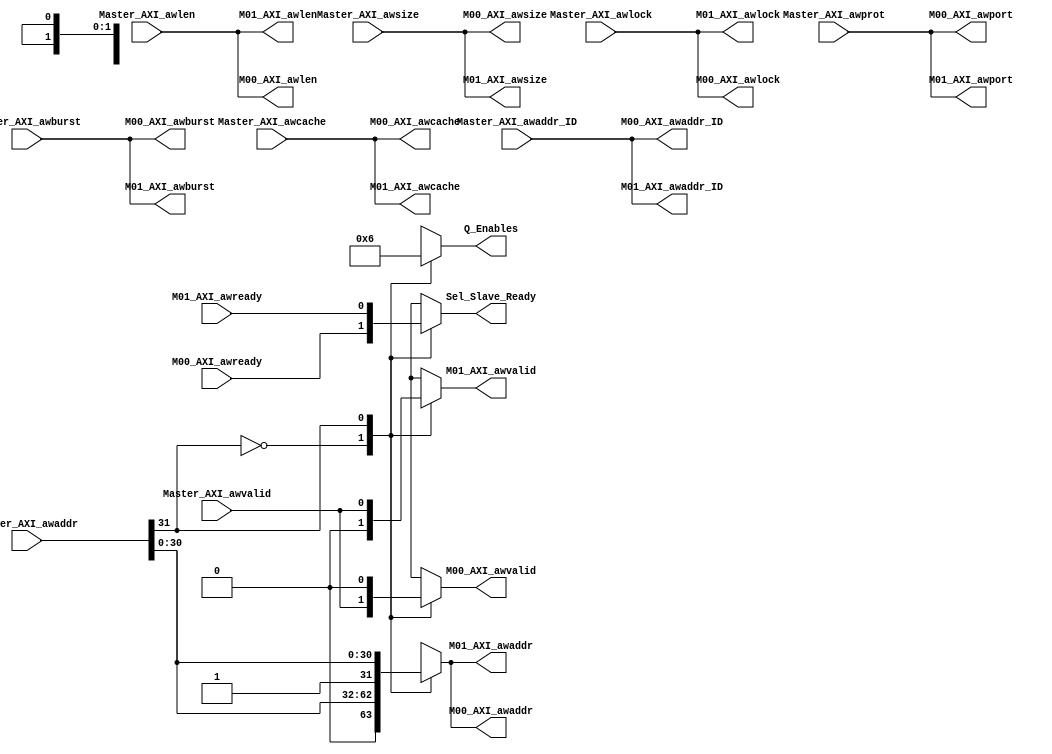
module Write_Addr_Channel_Dec #(
    parameter  Num_OF_Masters='d2,
    parameter  Masters_ID_Size=$clog2(Num_OF_Masters),
    parameter  Address_width='d32,
    parameter  AXI3_Aw_len='d4 ,
   
    
    parameter Num_Of_Slaves = 2,
    parameter Base_Addr_Width = $clog2(Num_Of_Slaves)
) (
    // Ports of the selected master from the arbiter

    input  wire  [Masters_ID_Size-1:0]   Master_AXI_awaddr_ID,
    input  wire  [Address_width-1:0]     Master_AXI_awaddr,// the write address
    input  wire  [AXI3_Aw_len-1:0]        Master_AXI_awlen, // number of transfer per burst //! For AXI3 limt is 16 and AXI4 is 256 for inc bursts only 
    input  wire  [2:0]                   Master_AXI_awsize,//number of bytes within the transfer
    input  wire  [1:0]                   Master_AXI_awburst, // burst type
    input  wire  [1:0]                   Master_AXI_awlock , // lock type
    input  wire  [3:0]                   Master_AXI_awcache, // a opptional signal for connecting to diffrent types of  memories
    input  wire  [2:0]                   Master_AXI_awprot ,// identifies the level of protection
    input  wire                          Master_AXI_awvalid, // Address write valid signal 
    
    output reg   [Masters_ID_Size-1:0]   M00_AXI_awaddr_ID,
    output reg  [Address_width-1:0]      M00_AXI_awaddr,
    output reg  [AXI3_Aw_len-1:0]        M00_AXI_awlen ,
    output reg  [2:0]                    M00_AXI_awsize,  //number of bytes within the transfer
    output reg  [1:0]                    M00_AXI_awburst,// burst type
    output reg  [1:0]                    M00_AXI_awlock ,// lock type
    output reg  [3:0]                    M00_AXI_awcache,// a opptional signal for connecting to diffrent types of  memories
    output reg  [2:0]                    M00_AXI_awport ,// identifies the level of protection
    output reg                           M00_AXI_awvalid,// Address write valid signal 
    input  wire                          M00_AXI_awready,// Address write ready signal 

    output reg   [Masters_ID_Size-1:0]   M01_AXI_awaddr_ID,
    output reg  [Address_width-1:0]      M01_AXI_awaddr,
    output reg  [AXI3_Aw_len-1:0]        M01_AXI_awlen ,
    output reg  [2:0]                    M01_AXI_awsize,  //number of bytes within the transfer
    output reg  [1:0]                    M01_AXI_awburst,// burst type
    output reg  [1:0]                    M01_AXI_awlock ,// lock type
    output reg  [3:0]                    M01_AXI_awcache,// a opptional signal for connecting to diffrent types of  memories
    output reg  [2:0]                    M01_AXI_awport ,// identifies the level of protection
    output reg                           M01_AXI_awvalid,// Address write valid signal 
    input  wire                          M01_AXI_awready,// Address write ready signal 

    output reg                           Sel_Slave_Ready,
    output reg [Num_Of_Slaves - 1 : 0]   Q_Enables
);


// Slaves Base Addresses:
localparam Slave0_Base_Addr = {{(Base_Addr_Width-1){1'b0}}, 1'b0},
           Slave1_Base_Addr = {{(Base_Addr_Width-1){1'b0}}, 1'b1};

wire [Base_Addr_Width - 1 : 0] Base_Addr_Master;
assign Base_Addr_Master = Master_AXI_awaddr[Address_width-1:Address_width-Base_Addr_Width];


always @(*) 
    begin
        
        case (Base_Addr_Master)
            Slave0_Base_Addr : 
                begin   
                    Q_Enables = 'b1; 

                    Sel_Slave_Ready =M00_AXI_awready;
                    M00_AXI_awaddr_ID=Master_AXI_awaddr_ID;
                    M00_AXI_awaddr =Master_AXI_awaddr;
                    M00_AXI_awlen=Master_AXI_awlen;
                    M00_AXI_awsize=Master_AXI_awsize;
                    M00_AXI_awburst=Master_AXI_awburst;
                    M00_AXI_awlock=Master_AXI_awlock;
                    M00_AXI_awcache=Master_AXI_awcache;
                    M00_AXI_awport=Master_AXI_awprot;
                    M00_AXI_awvalid = Master_AXI_awvalid;    


                    M01_AXI_awaddr_ID=Master_AXI_awaddr_ID;
                    M01_AXI_awaddr =Master_AXI_awaddr;
                    M01_AXI_awlen=Master_AXI_awlen;
                    M01_AXI_awsize=Master_AXI_awsize;
                    M01_AXI_awburst=Master_AXI_awburst;
                    M01_AXI_awlock=Master_AXI_awlock;
                    M01_AXI_awcache=Master_AXI_awcache;
                    M01_AXI_awport=Master_AXI_awprot;
                    M01_AXI_awvalid = 'b0;    
                end

            Slave1_Base_Addr :
                begin

                    Q_Enables = 'b10; 

                    M00_AXI_awaddr_ID=Master_AXI_awaddr_ID;
                    M00_AXI_awaddr =Master_AXI_awaddr;
                    M00_AXI_awlen=Master_AXI_awlen;
                    M00_AXI_awsize=Master_AXI_awsize;
                    M00_AXI_awburst=Master_AXI_awburst;
                    M00_AXI_awlock=Master_AXI_awlock;
                    M00_AXI_awcache=Master_AXI_awcache;
                    M00_AXI_awport=Master_AXI_awprot;
                    M00_AXI_awvalid = 'b0; 

                    Sel_Slave_Ready =M01_AXI_awready;
                    M01_AXI_awaddr_ID=Master_AXI_awaddr_ID;
                    M01_AXI_awaddr =Master_AXI_awaddr;
                    M01_AXI_awlen=Master_AXI_awlen;
                    M01_AXI_awsize=Master_AXI_awsize;
                    M01_AXI_awburst=Master_AXI_awburst;
                    M01_AXI_awlock=Master_AXI_awlock;
                    M01_AXI_awcache=Master_AXI_awcache;
                    M01_AXI_awport=Master_AXI_awprot;
                    M01_AXI_awvalid = Master_AXI_awvalid;    

                end  
            default: 
                begin         
                    Q_Enables = 'b1; 
                    Sel_Slave_Ready =M00_AXI_awready;
                    M00_AXI_awaddr =Master_AXI_awaddr;
                    M00_AXI_awlen=Master_AXI_awlen;
                    M00_AXI_awsize=Master_AXI_awsize;
                    M00_AXI_awburst=Master_AXI_awburst;
                    M00_AXI_awlock=Master_AXI_awlock;
                    M00_AXI_awcache=Master_AXI_awcache;
                    M00_AXI_awport=Master_AXI_awprot;
                    M00_AXI_awvalid = Master_AXI_awvalid;    


                    M01_AXI_awaddr_ID=Master_AXI_awaddr_ID;
                    M01_AXI_awaddr =Master_AXI_awaddr;
                    M01_AXI_awlen=Master_AXI_awlen;
                    M01_AXI_awsize=Master_AXI_awsize;
                    M01_AXI_awburst=Master_AXI_awburst;
                    M01_AXI_awlock=Master_AXI_awlock;
                    M01_AXI_awcache=Master_AXI_awcache;
                    M01_AXI_awport=Master_AXI_awprot;
                    M01_AXI_awvalid = 'b0;    
                end
        endcase

    end

endmodule

//    if (!rst) begin

    //     Write_Addr_Channel_To_Slave0 <= {{(Write_Address_Channel_width-1){1'b0}}, 1'b0}; 
    //     Write_Addr_Channel_To_Slave1 <= {{(Write_Address_Channel_width-1){1'b0}}, 1'b0}; 
    //     Write_Addr_Channel_To_Slave2 <= {{(Write_Address_Channel_width-1){1'b0}}, 1'b0};

    //  end
    // else